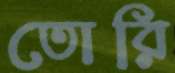
তোরি